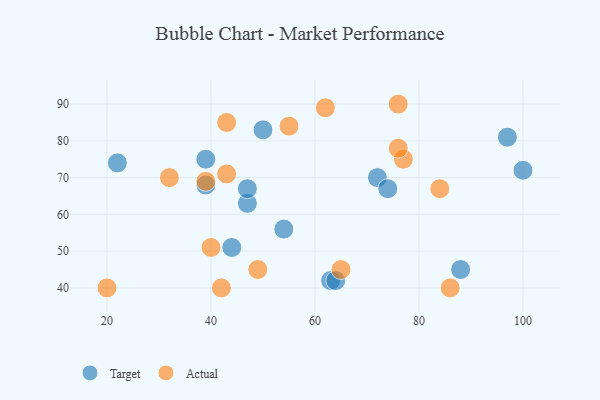
{"axis": {"x": "GDP", "y": "Life Expectancy"}, "legend": ["Actual", "Target"], "data": [{"x": "22", "y": 74, "type": "Target"}, {"x": "63", "y": 42, "type": "Target"}, {"x": "100", "y": 72, "type": "Target"}, {"x": "54", "y": 56, "type": "Target"}, {"x": "39", "y": 75, "type": "Target"}, {"x": "72", "y": 70, "type": "Target"}, {"x": "39", "y": 68, "type": "Target"}, {"x": "44", "y": 51, "type": "Target"}, {"x": "97", "y": 81, "type": "Target"}, {"x": "47", "y": 63, "type": "Target"}, {"x": "50", "y": 83, "type": "Target"}, {"x": "74", "y": 67, "type": "Target"}, {"x": "88", "y": 45, "type": "Target"}, {"x": "64", "y": 42, "type": "Target"}, {"x": "47", "y": 67, "type": "Target"}, {"x": "62", "y": 89, "type": "Actual"}, {"x": "39", "y": 69, "type": "Actual"}, {"x": "40", "y": 51, "type": "Actual"}, {"x": "77", "y": 75, "type": "Actual"}, {"x": "86", "y": 40, "type": "Actual"}, {"x": "55", "y": 84, "type": "Actual"}, {"x": "43", "y": 85, "type": "Actual"}, {"x": "65", "y": 45, "type": "Actual"}, {"x": "43", "y": 71, "type": "Actual"}, {"x": "42", "y": 40, "type": "Actual"}, {"x": "84", "y": 67, "type": "Actual"}, {"x": "20", "y": 40, "type": "Actual"}, {"x": "32", "y": 70, "type": "Actual"}, {"x": "49", "y": 45, "type": "Actual"}, {"x": "76", "y": 90, "type": "Actual"}, {"x": "76", "y": 78, "type": "Actual"}]}